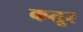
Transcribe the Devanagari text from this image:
कतूर